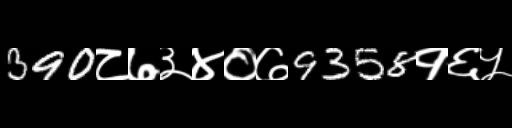
Text: 390८७३४०७9358१६५